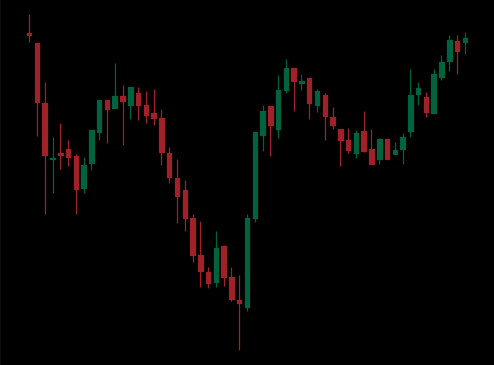
Pattern: inverse_head_shoulders